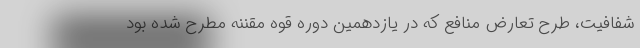
شفافیت، طرح تعارض منافع که در یازدهمین دوره قوه مقننه مطرح شده بود